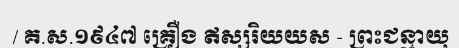
/ គ.ស.១៩៤៧ គ្រឿង ឥស្សរិយយស - ព្រះជន្មាយុ